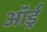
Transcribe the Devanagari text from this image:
ऑर्ड्र